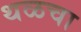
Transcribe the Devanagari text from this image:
थळचा